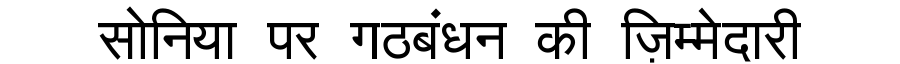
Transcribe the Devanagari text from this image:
सोनिया पर गठबंधन की ज़िम्मेदारी